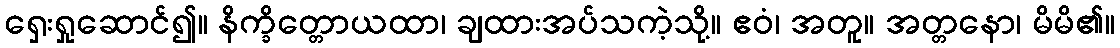
ရှေးရှုဆောင်၍။ နိက္ခိတ္တောယထာ၊ ချထားအပ်သကဲ့သို့။ ဧဝံ၊ အတူ။ အတ္တနော၊ မိမိ၏။